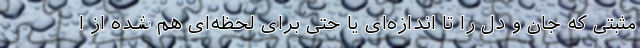
مثبتی که جان و دل را تا اندازه‌ای یا حتی برای لحظه‌ای هم شده از ا